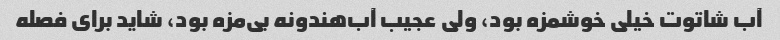
آب شاتوت خیلی خوشمزه بود، ولی عجیب آب‌هندونه بی‌مزه بود، شاید برای فصله